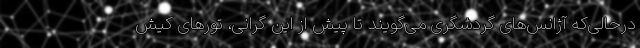
درحالی‌که آژانس‌های گردشگری می‌گویند تا پیش از این گرانی، تورهای کیش